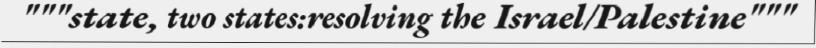
"""state, two states:resolving the Israel/Palestine"""